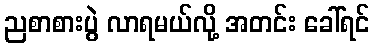
ညစာစားပွဲ လာရမယ်လို့ အတင်း ခေါ်ရင်